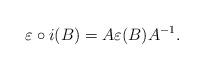
LaTeX: \begin{align*}\varepsilon \circ i (B) = A \varepsilon (B) A^{-1}.\end{align*}